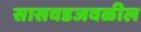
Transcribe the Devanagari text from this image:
सासवडजवळील